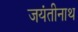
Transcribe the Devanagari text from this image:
जयंतीनाथ